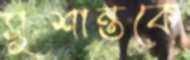
সুশান্তকে